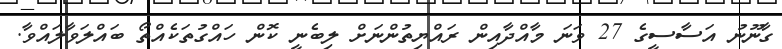
ގާނޫނު އަސާސީގެ 27 ވަނަ މާއްދާއިން ރައްޔިތުންނަށް ލިބެނީ ކޮން ހައްގުތަކެއްތޯ ބައްލަވާލައްވާ.